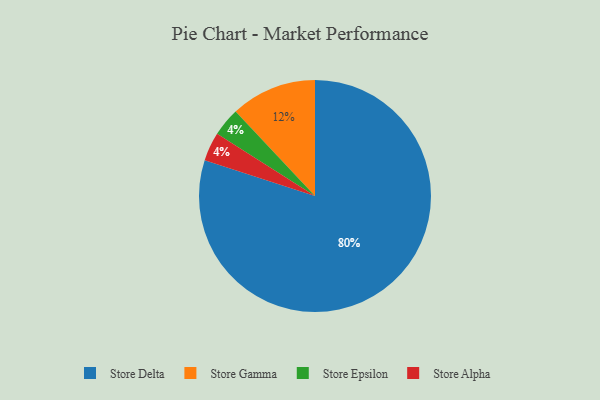
{"axis": {"x": "Category", "y": "Percentage"}, "legend": ["Store Alpha", "Store Delta", "Store Epsilon", "Store Gamma"], "data": [{"x": "Store Epsilon", "y": 4, "type": "Store Epsilon"}, {"x": "Store Gamma", "y": 12, "type": "Store Gamma"}, {"x": "Store Delta", "y": 80, "type": "Store Delta"}, {"x": "Store Alpha", "y": 4, "type": "Store Alpha"}]}